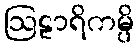
ဩဠာရိကမ္ပိ